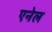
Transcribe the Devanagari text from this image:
एनेल